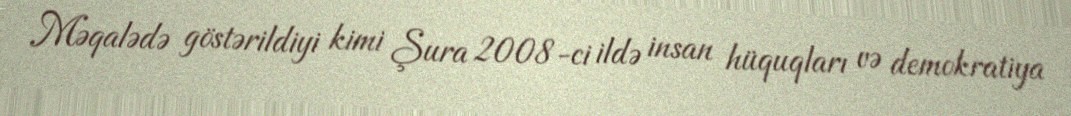
Məqalədə göstərildiyi kimi Şura 2008-ci ildə insan hüquqları və demokratiya